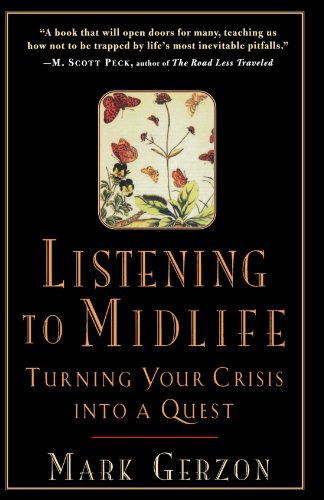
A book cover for Listening to Midlife; Mark Gerzon; Self-Help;